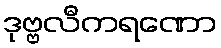
ဒုဗ္ဗလီကရဏော